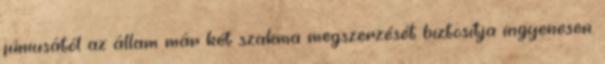
júniusától az állam már két szakma megszerzését biztosítja ingyenesen.